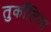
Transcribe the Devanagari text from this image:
तुर्कौलिया